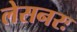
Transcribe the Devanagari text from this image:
लेसनरः